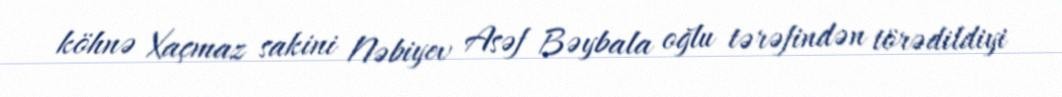
köhnə Xaçmaz sakini Nəbiyev Asəf Bəybala oğlu tərəfindən törədildiyi